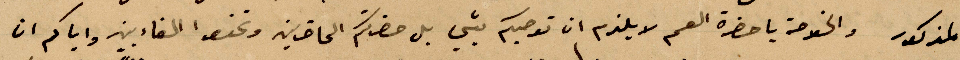
المذكور والخلاصة يا حضرة العم لا يلزم ان توصيكم بشي بل حضرتكم الحاضرين %% القاء بين واياكم ان